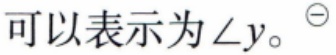
可以表示为\(\angle y\)。